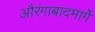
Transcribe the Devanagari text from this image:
औरंगाबादमार्गे